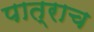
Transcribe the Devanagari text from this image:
पात्राच